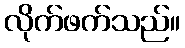
လိုက်ဖက်သည်။